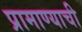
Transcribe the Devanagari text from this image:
प्रामाण्याची